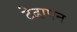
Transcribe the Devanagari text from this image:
टेढा़पन